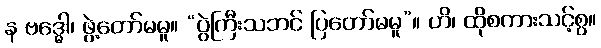
န ဗဒ္ဓေါ၊ ဖွဲ့တော်မမူ။ “ပွဲကြီးသဘင် ပြတော်မမူ”။ ဟိ၊ ထိုစကားသင့်စွ။